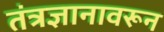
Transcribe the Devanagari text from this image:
तंत्रज्ञानावरून